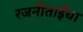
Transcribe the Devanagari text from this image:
रजनीताईचा